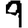
Digit: 9